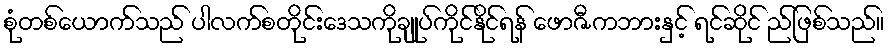
စုံတစ်ယောက်သည် ပါလက်စတိုင်းဒေသကိုချုပ်ကိုင်နိုင်ရန် ဖောဇီကဘားနှင့် ရင်ဆိုင် ည်ဖြစ်သည်။